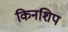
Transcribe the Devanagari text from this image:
किनशिप